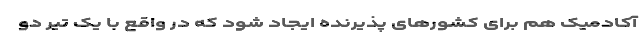
آکادمیک هم برای کشورهای پذیرنده ایجاد شود که در واقع با یک تیر دو